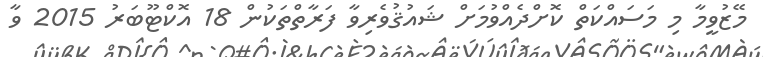
މޭޒުވީމާ މި މަސައްކަތް ކޮށްދެއްވުމަށް ޝައުޤުވެރިވާ ފަރާތްތަކުން 18 އޮކްޓޫބަރު 2015 ވާ